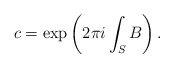
\begin{align*}c=\exp\left(2\pi i\int_S B\right). \end{align*}